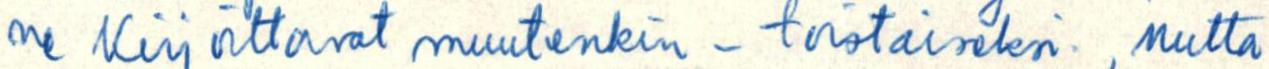
ne kirjoittavat muutenkin - toistaiseksi, mutta